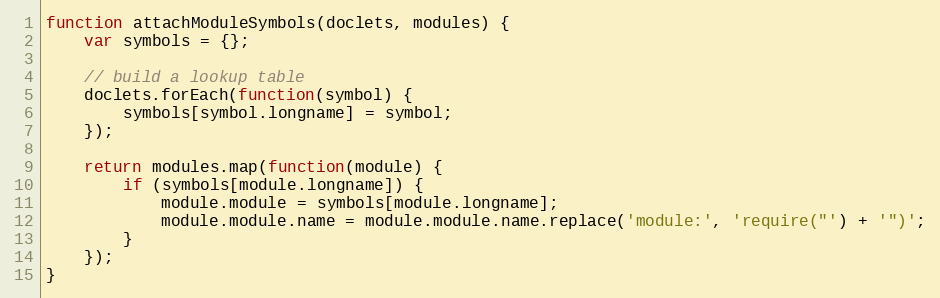
Language: JavaScript
function attachModuleSymbols(doclets, modules) {
    var symbols = {};

    // build a lookup table
    doclets.forEach(function(symbol) {
        symbols[symbol.longname] = symbol;
    });

    return modules.map(function(module) {
        if (symbols[module.longname]) {
            module.module = symbols[module.longname];
            module.module.name = module.module.name.replace('module:', 'require("') + '")';
        }
    });
}